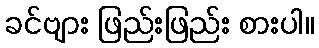
ခင်ဗျား ဖြည်းဖြည်း စားပါ။